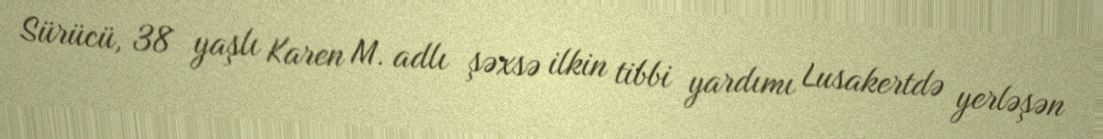
Sürücü, 38 yaşlı Karen M. adlı şəxsə ilkin tibbi yardımı Lusakertdə yerləşən